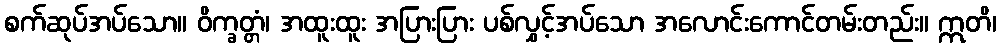
စက်ဆုပ်အပ်သော။ ဝိက္ခတ္တံ၊ အထူးထူး အပြားပြား ပစ်လွှင့်အပ်သော အလောင်းကောင်တမ်းတည်း။ ဣတိ၊